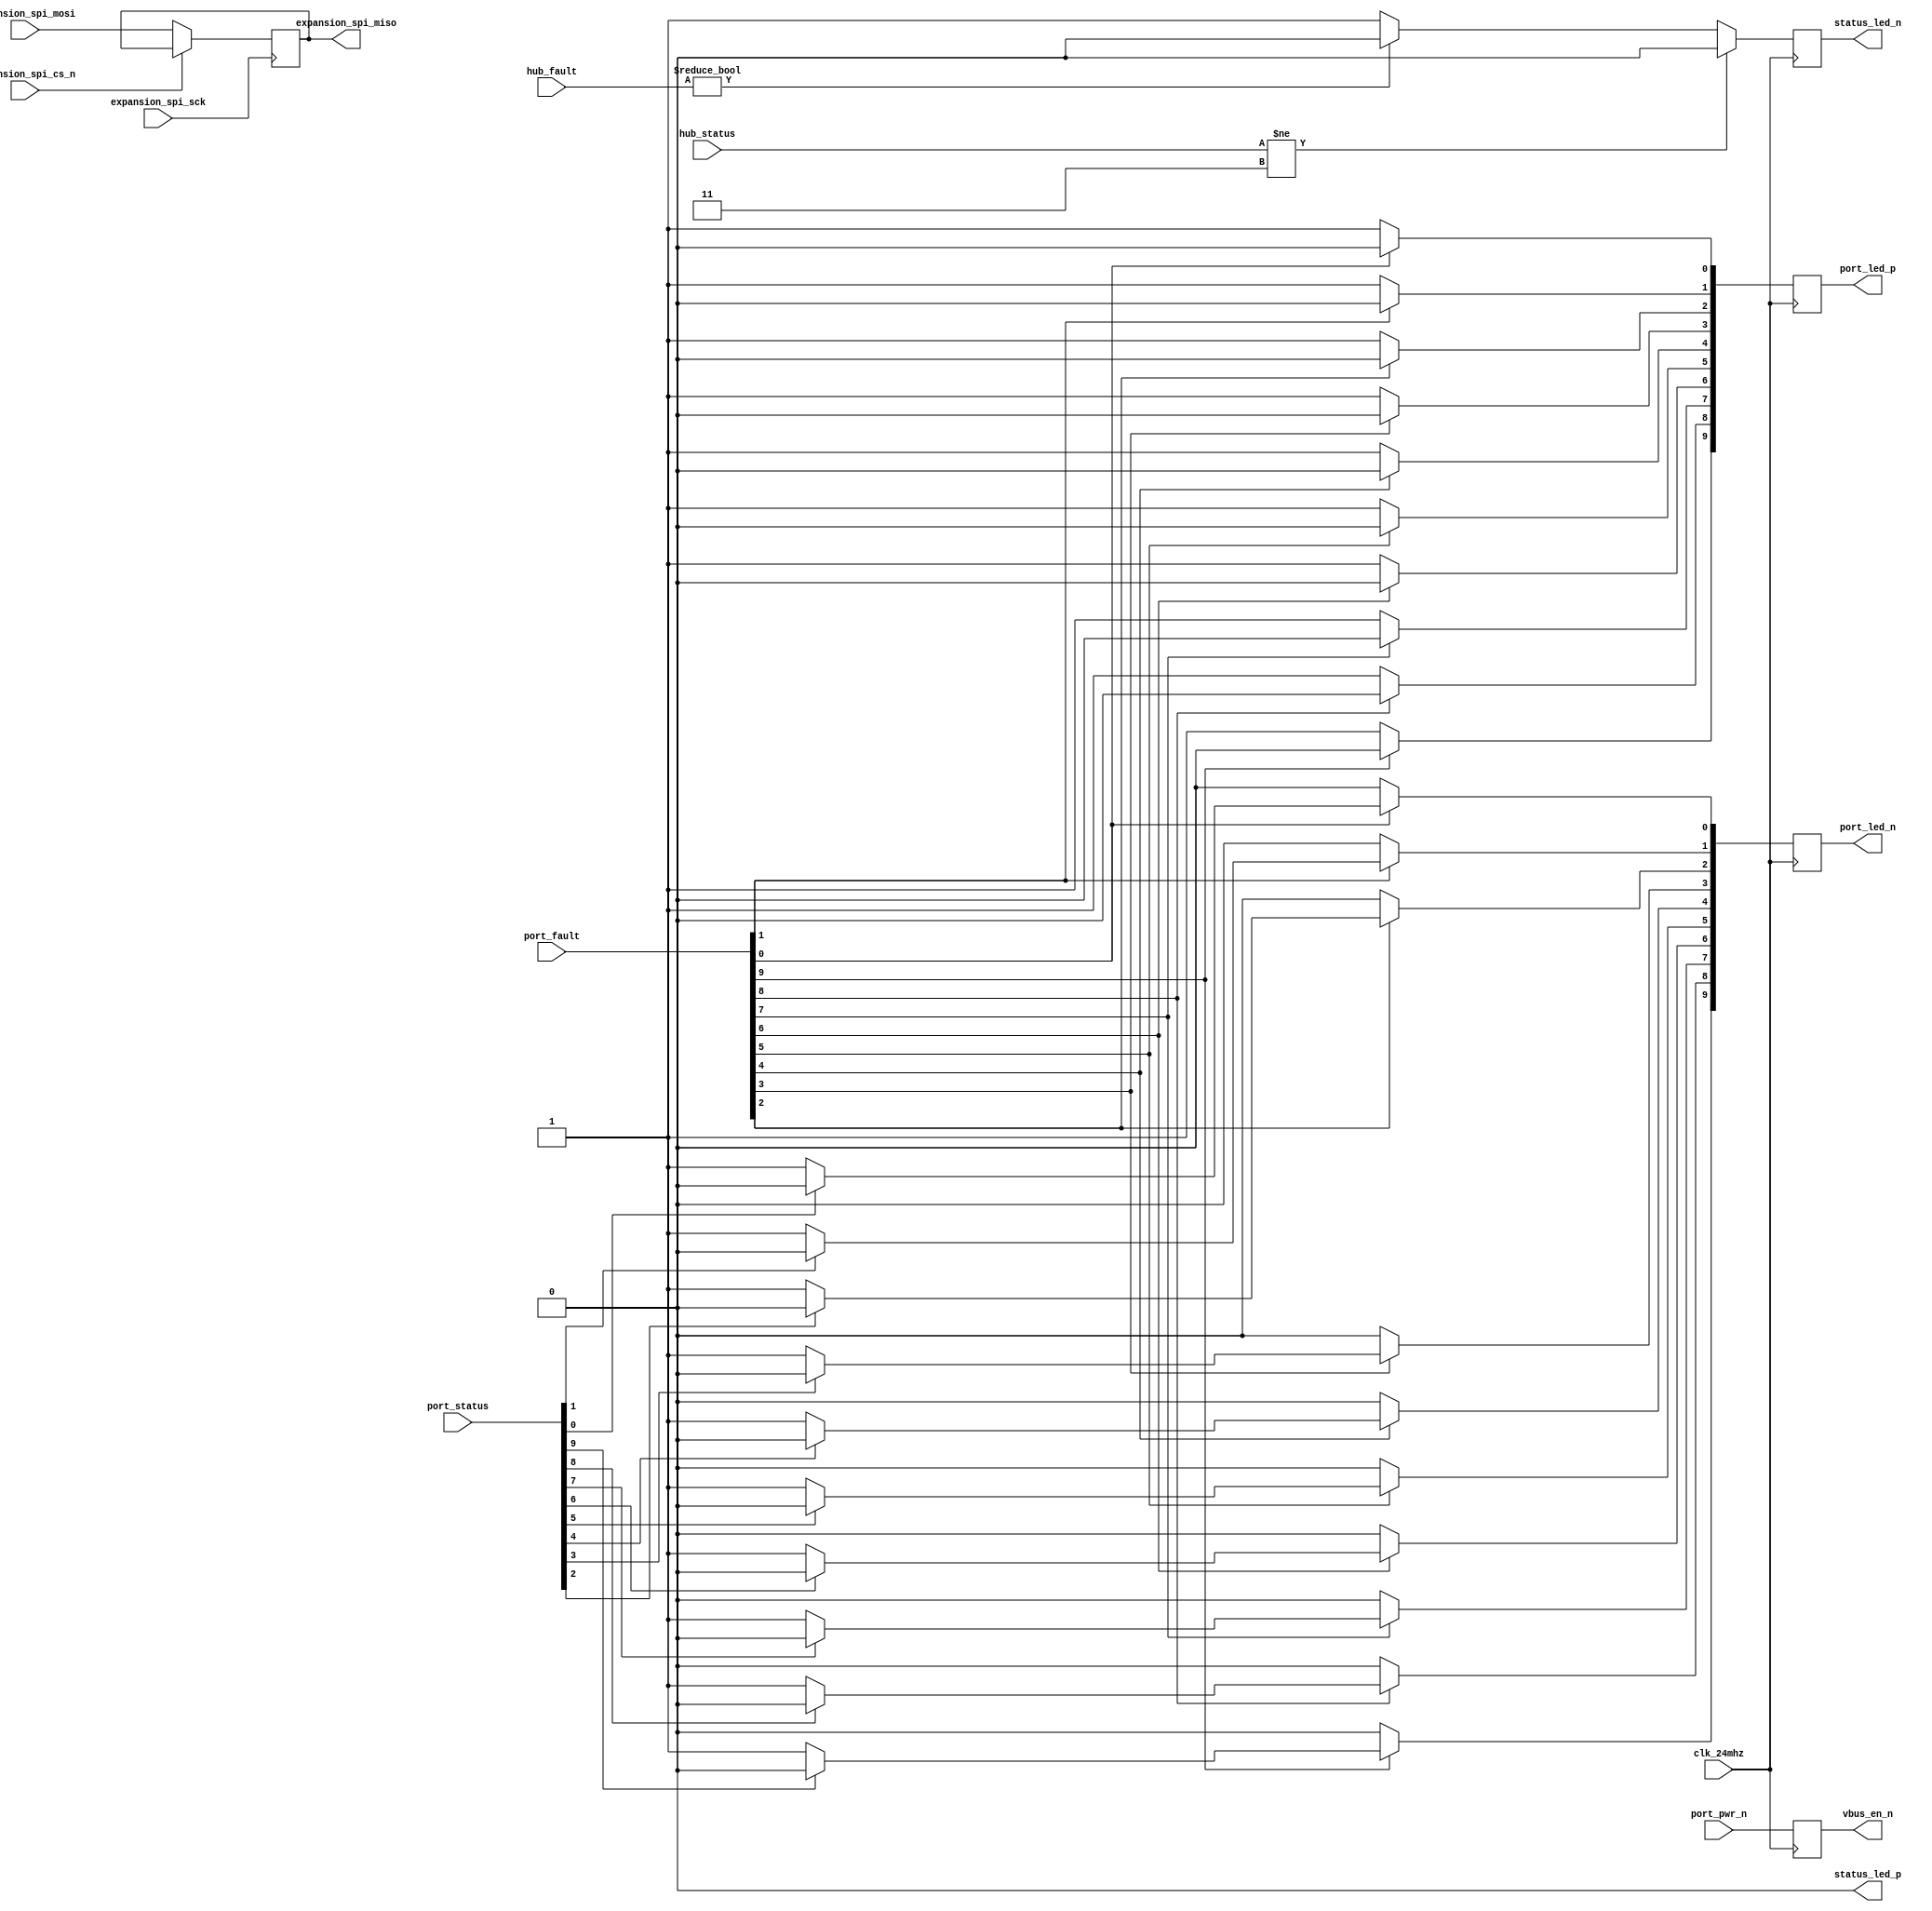
`timescale 1ns / 1ps
/***********************************************************************************************************************
*                                                                                                                      *
* ANTIKERNEL v0.1                                                                                                      *
*                                                                                                                      *
* Copyright (c) 2012-2016 Andrew D. Zonenberg                                                                          *
* All rights reserved.                                                                                                 *
*                                                                                                                      *
* Redistribution and use in source and binary forms, with or without modification, are permitted provided that the     *
* following conditions are met:                                                                                        *
*                                                                                                                      *
*    * Redistributions of source code must retain the above copyright notice, this list of conditions, and the         *
*      following disclaimer.                                                                                           *
*                                                                                                                      *
*    * Redistributions in binary form must reproduce the above copyright notice, this list of conditions and the       *
*      following disclaimer in the documentation and/or other materials provided with the distribution.                *
*                                                                                                                      *
*    * Neither the name of the author nor the names of any contributors may be used to endorse or promote products     *
*      derived from this software without specific prior written permission.                                           *
*                                                                                                                      *
* THIS SOFTWARE IS PROVIDED BY THE AUTHORS "AS IS" AND ANY EXPRESS OR IMPLIED WARRANTIES, INCLUDING, BUT NOT LIMITED   *
* TO, THE IMPLIED WARRANTIES OF MERCHANTABILITY AND FITNESS FOR A PARTICULAR PURPOSE ARE DISCLAIMED. IN NO EVENT SHALL *
* THE AUTHORS BE HELD LIABLE FOR ANY DIRECT, INDIRECT, INCIDENTAL, SPECIAL, EXEMPLARY, OR CONSEQUENTIAL DAMAGES        *
* (INCLUDING, BUT NOT LIMITED TO, PROCUREMENT OF SUBSTITUTE GOODS OR SERVICES; LOSS OF USE, DATA, OR PROFITS; OR       *
* BUSINESS INTERRUPTION) HOWEVER CAUSED AND ON ANY THEORY OF LIABILITY, WHETHER IN CONTRACT, STRICT LIABILITY, OR TORT *
* (INCLUDING NEGLIGENCE OR OTHERWISE) ARISING IN ANY WAY OUT OF THE USE OF THIS SOFTWARE, EVEN IF ADVISED OF THE       *
* POSSIBILITY OF SUCH DAMAGE.                                                                                          *
*                                                                                                                      *
***********************************************************************************************************************/

/**
	@file
	@author Andrew D. Zonenberg
	@brief Firmware for usb-hub-eurocard CPLD
 */

module top(
	clk_24mhz,
	status_led_p, status_led_n, port_led_p, port_led_n,
	hub_status, hub_fault,
	port_status, port_fault,
	port_pwr_n, vbus_en_n,
	expansion_spi_miso, expansion_spi_mosi, expansion_spi_sck, expansion_spi_cs_n
	);

	////////////////////////////////////////////////////////////////////////////////////////////////////////////////////
	// I/O declarations
	
	//Global clock
	input wire		clk_24mhz;
	
	//General status LED
	output reg		status_led_p	= 0;		//High side
	output reg		status_led_n	= 0;		//Low side
	
	//Port indicator LEDs
	output reg[9:0]	port_led_p		= 0;		//High side
	output reg[9:0]	port_led_n		= 0;		//Low side
	
	//Port status flags from hub controller
	input wire[9:0] port_status;				//Port status LED
	input wire[9:0] port_fault;					//Port fault LED
	
	//Port power control (active low)
	input wire[9:0] port_pwr_n;					//Enable from hub controller
	output reg[9:0] vbus_en_n		= 10'h3F;	//Enable to PMIC
	
	//Internal hub signals
	input wire[1:0]	hub_status;					//Device-present indicator (should always be set)
	input wire[1:0]	hub_fault;					//Overcurrent indicator(should never be set)
	
	//Expansion header SPI bus
	output reg		expansion_spi_miso	= 0;
	input wire		expansion_spi_mosi;
	input wire		expansion_spi_sck;
	input wire		expansion_spi_cs_n;

	////////////////////////////////////////////////////////////////////////////////////////////////////////////////////
	// Status LED and hub port control
	
	always @(posedge clk_24mhz) begin
	
		//Default to green
		status_led_p	<= 0;
		status_led_n	<= 1;
		
		//If either hub has a fault, turn red
		if(hub_fault != 0) begin
			status_led_p	<= 0;
			status_led_n	<= 0;
		end
		
		//If either hub has a fault, turn red
		if(hub_status != 3) begin
			status_led_p	<= 0;
			status_led_n	<= 0;
		end
		
	end
	
	////////////////////////////////////////////////////////////////////////////////////////////////////////////////////
	// Expansion port control
	
	//Passthrough for now
	always @(posedge expansion_spi_sck) begin
		if(!expansion_spi_cs_n)
			expansion_spi_miso <= expansion_spi_mosi;
	end
	
	////////////////////////////////////////////////////////////////////////////////////////////////////////////////////
	// Port control logic
	
	integer i;
	
	always @(posedge clk_24mhz) begin
		
		//Forward port power enables from hub controller
		vbus_en_n	<= port_pwr_n;
		
		//Show port status
		for(i=0; i<10; i=i+1) begin
		
			//Default to off
			port_led_n[i] <= 0;
			port_led_p[i] <= 0;
			
			//If fault flag is set, turn on the red
			if(~port_fault[i])
				port_led_p[i] <= 1;
			
			//If status flag is set, turn on the green
			else if(~port_status[i])
				port_led_n[i] <= 1;
			
		end
		
	end
	
endmodule